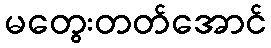
မတွေးတတ်အောင်